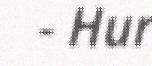
- Hur